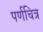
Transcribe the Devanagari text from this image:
पर्णचित्र